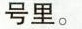
号里。